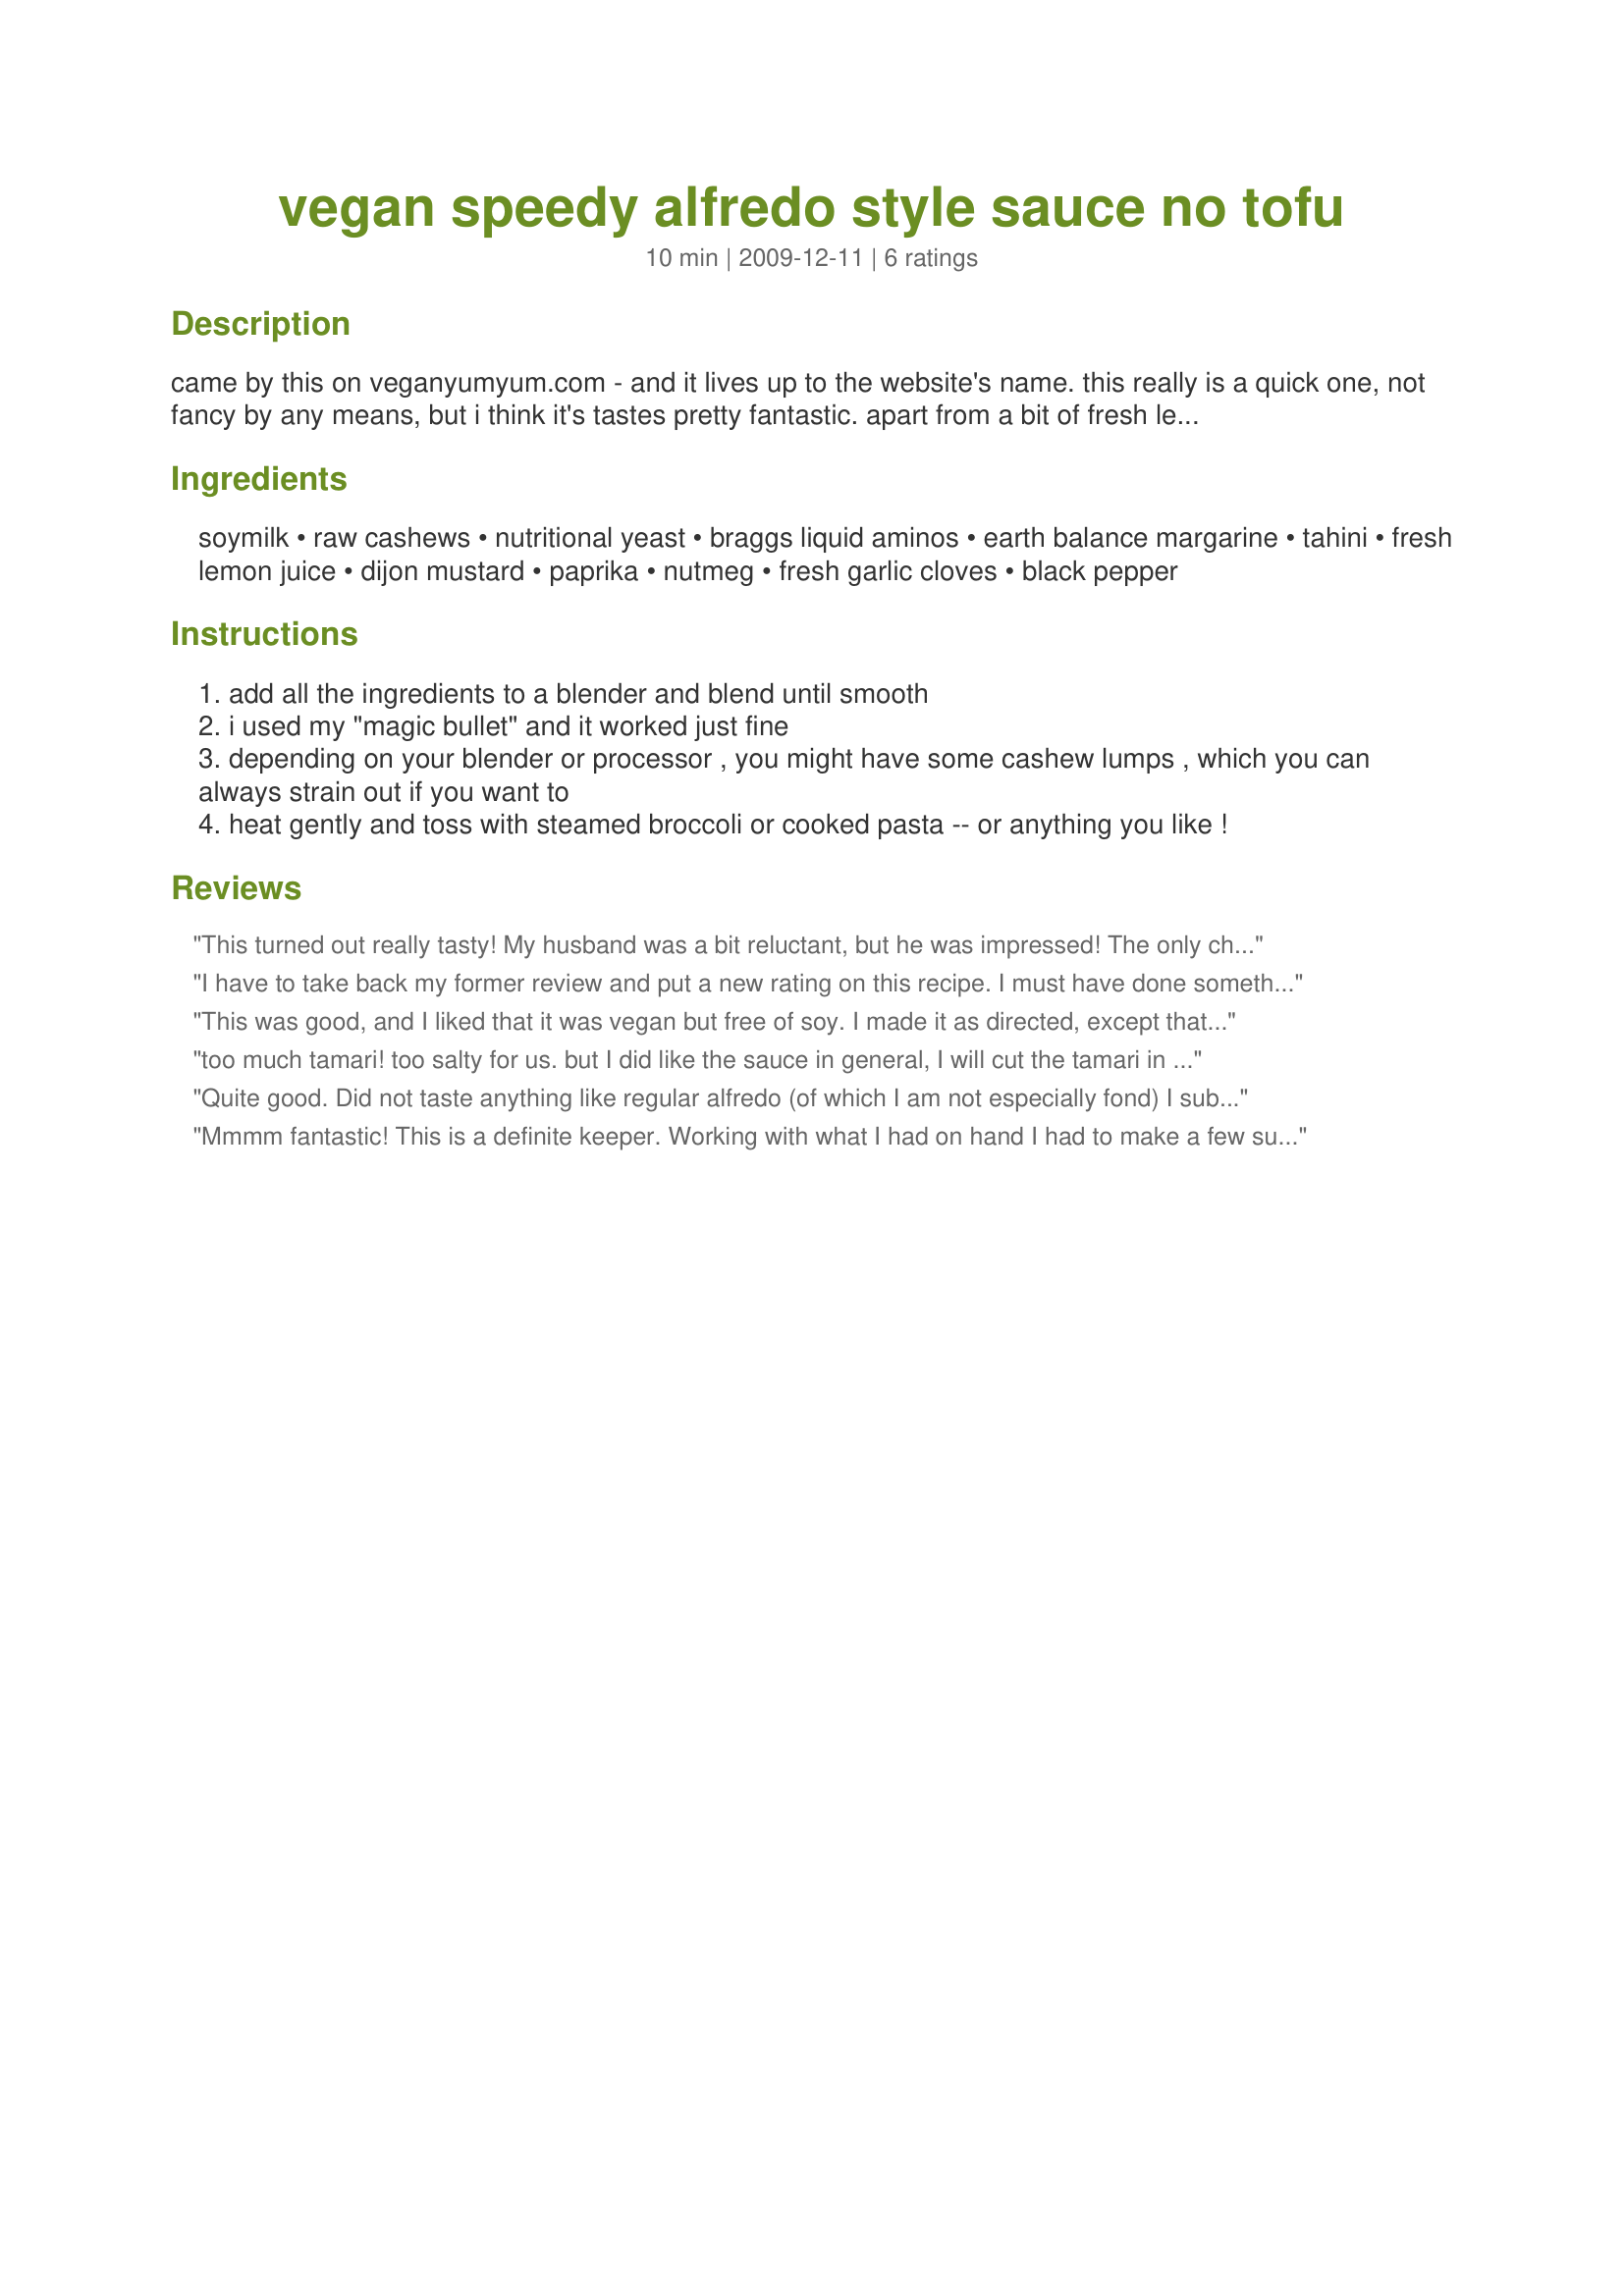
vegan speedy alfredo style sauce no tofu
Preparation time: 10 minutes

came by this on veganyumyum.com - and it lives up to the website's name. this really is a quick one, not fancy by any means, but i think it's tastes pretty fantastic. apart from a bit of fresh lemon juice and garlic, these items are pantry staples for most vegetarians or vegans. you want to be careful not to overcook the sauce. i found the flavours were better raw, much more mellow when i had cooked it with some leftover pasta. so i'd recommend really gently heating the sauce. if you're looking for a really traditional "cheesy" sort of flavour, keep in mind this won't be exactly it, but it is savory and cheese like....i guess as cheesy as you get vegan wise. well, you know what i mean. enjoy!

Ingredients:
soymilk, raw cashews, nutritional yeast, braggs liquid aminos, earth balance margarine, tahini, fresh lemon juice, dijon mustard, paprika, nutmeg, fresh garlic cloves, black pepper

Steps:
add all the ingredients to a blender and blend until smooth
i used my "magic bullet" and it worked just fine
depending on your blender or processor , you might have some cashew lumps , which you can always strain out if you want to
heat gently and toss with steamed broccoli or cooked pasta -- or anything you like !

Reviews:
This turned out really tasty! My husband was a bit reluctant, but he was impressed! The only change I will make next time is to try to thicken it up a bit with cornstarch. It was really soupy, but the flavor is great! Thanks so much for sharing! :O)
I have to take back my former review and put a new rating on this recipe. I must have done something wrong the first time I made this (I think the soy sauce I used at the time was what ruined it), because I gave it another shot and have made it many, many times after that! It's so great! One of my favorite alfredo sauces for sure.
This was good, and I liked that it was vegan but free of soy. I made it as directed, except that I subbed homemade almond butter for the tahini. Like SPrins, I found that it came out rather thin, so I added some extra cashews and nutritional yeast. The flavor of the smoked paprika was a little bit overpowering (but that might be because my mother-in-law gave me some really high quality stuff from a local spice shop). Nonetheless, it was a satisfying sauce on some gluten-free spaghetti and broccoli. Recipenapped for Veg*an Swap, March 2010
too much tamari! too salty for us. but I did like the sauce in general, I will cut the tamari in half next time. I also had to use almond butter instead of tahini, I hope that wasn't the problem....served it with whole wheat pasta, broccoli and shrimp, DH loved it
Quite good. Did not taste anything like regular alfredo (of which I am not especially fond) I subbed pureed tofu and water for soymilk, and deleted cashews since I had none. Left all else basically the same. May have over reached on the nutrioinal yeast though, yet I love it so was only a plus. Great recipe!! (Made this because my kids dislike red sauce. Sauteed spinach and vegetables, and served it over spaghetti. My nine year old loved it.)
Mmmm fantastic! This is a definite keeper. Working with what I had on hand I had to make a few subs-- namely walnuts for cashews and sunflower oil instead of Earth Balance. I used 1/3 cup nooch since the other reviews said it needed it, and the recommended amoutns of tahini, soy sauce, and plain soymilk. Due to personal preference I subbed mustard power for Dijon mustard, and just sprinkled in some paprika without measuring it. My blender's a bit wonky so I just ground the walnuts up in my mini food chopper first before tossing everyhting in the blender. I ate this with butternut squash ravioli, they were great together! Thanks for sharing!
